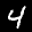
Label: 4